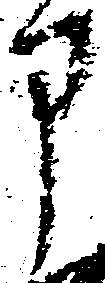
申